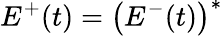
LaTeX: E^{+}(t)=\left(E^{-}(t)\right)^{*}